Relation of titanus [i.e. tetanus] to the hypodermic or intramuscular injection of quinine - Number 43
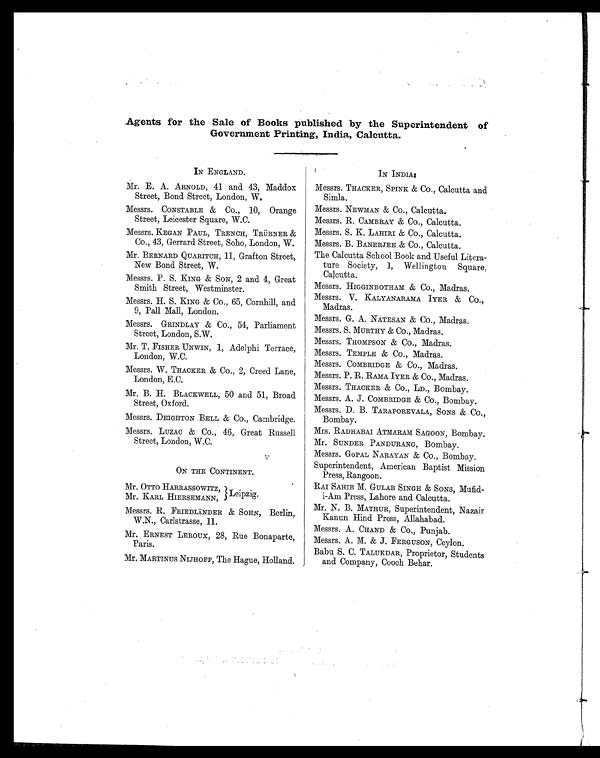
Agents for the Sale of Books published by the Superintendent of
Government Printing, India, Calcutta.
IN ENGLAND.
Mr. E. A. ARNOLD, 41 and 43, Maddox
Street, Bond Street, London, W.
Messrs. CONSTABLE & Co., 10, Orange
Street, Leicester Square, W.C.
Messrs. KEGAN PAUL, TRENCH, TRÜBNER &
Co., 43, Gerrard Street, Soho, London, W.
Mr. BERNARD QUARITCH, 11, Grafton Street,
New Bond Street, W.
Messrs. P. S. KING & SON, 2 and 4, Great
Smith Street, Westminster.
Messrs. H. S. KING & Co., 65, Cornhill, and
9, Pall Mall, London.
Messrs. GRINDLAY & Co., 54, Parliament
Street, London, S.W.
Mr. T. FISHER UNWIND, 1, Adelphi Terrace,
London, W.C.
Messrs. W. THACKER & Co., 2, Creed Lane,
London, E.C.
Mr. B. H. BLACKWELL, 50 and 51, Broad
Street, Oxford.
Messrs. DEIGHTON BELL & CO., Cambridge.
Messrs. LUZAC & Co., 46, Great Russell
Street, London, W.C.
ON THE CONTINENT.
Mr. OTTO HARRASSOWITZ,
Mr. KARL HIERSEMANN, ,
Messrs. R. FRIEDLÄNDER & SOHN, Berlin,
W.N., Carlstrasse, 11.
Mr. ERNEST LEROUX, 28, Rue Bonaparte,
Paris.
Mr. MARTINUS NIJHOFF, The Hague, Holland.
IN INDIA.
Messrs. THACKER, SPINK & Co., Calcutta and
Simla.
Messrs. NEWMAN & Co., Calcutta.
Messrs. R. CAMBRAY & CO., Calcutta.
Messrs. S. K. LAHIRI & CO., Calcutta.
Messrs. B. BANERJEE & CO., Calcutta.
The Calcutta School Book and Useful Litera-
ture Society, 1, Wellington Square,
Calcutta.
Messrs. HIGGINBOTHAM & Co., Madras.
Messrs. V. KALYANARAMA IYER & CO.,
Madras.
Messrs. G. A. NATESAN & Co., Madras.
Messrs. S. MURTHY & CO., Madras.
Messrs. THOMPSON & Co., Madras.
Messrs. TEMPLE & Co., Madras.
Messrs. COMBRIDGE & CO., Madras.
Messrs. P. R. RAMA IYER & CO., Madras.
Messrs. THACKER & Co., LD., Bombay.
Messrs. A. J. COMBRIDGE & CO., Bombay.
Messrs. D. B. TARAPOREVALA, SONS & CO.,
Bombay.
Mrs. RADHABAI ATMARAM SAGOON, Bombay.
Mr. SUNDER PANDURANG, Bombay.
Messrs. GOPAL NARAYAN & CO., Bombay.
Superintendent, American Baptist Mission
Press, Rangoon.
RAI SAHIB M. GULAB SINGH & SONS, Mufid-
i-Am Press, Lahore and Calcutta.
Mr. N. B. MATHUR, Superintendent, Nazair
Kanun Hind Press, Allahabad.
Messrs. A. CHAND & Co., Punjab.
Messrs. A. M. & J. FERGUSON, Ceylon.
Babu S. C. TALUKDAR, Proprietor, Students
and Company, Cooch Behar.
Leipzig.